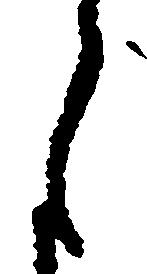
月